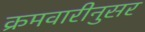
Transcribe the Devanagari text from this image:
क्रमवारीनुसर